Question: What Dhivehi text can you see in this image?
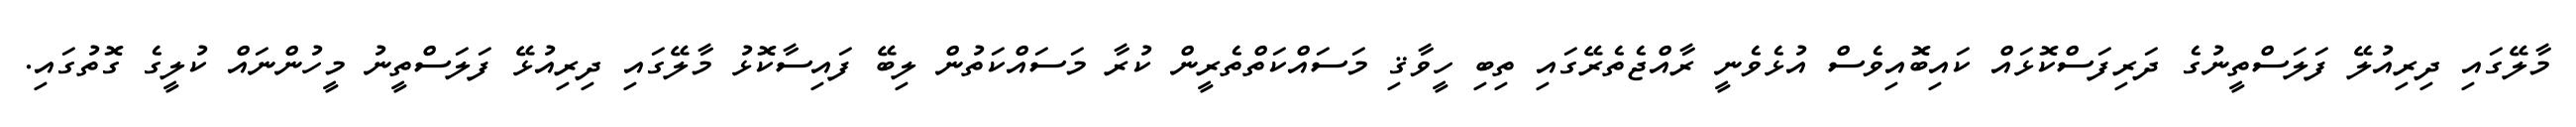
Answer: މާލޭގައި ދިރިއުލޭ ފަލަސްތީނުގެ ދަރިފަސްކޮޅައް ކައިބޮއިވެސް އުޅެވެނީ ރާއްޖެތެރޭގައި ތިބި ހީވާޤި މަސައްކަތްތެރީން ކުރާ މަސައްކަތުން ލިބޭ ފައިސާކޮޅު މާލޭގައި ދިރިއުޅޭ ފަލަސްތީނު މީހުންނައް ކުލީގެ ގޮތުގައި.